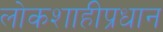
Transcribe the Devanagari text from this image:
लोकशाहीप्रधान